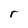
Character: r